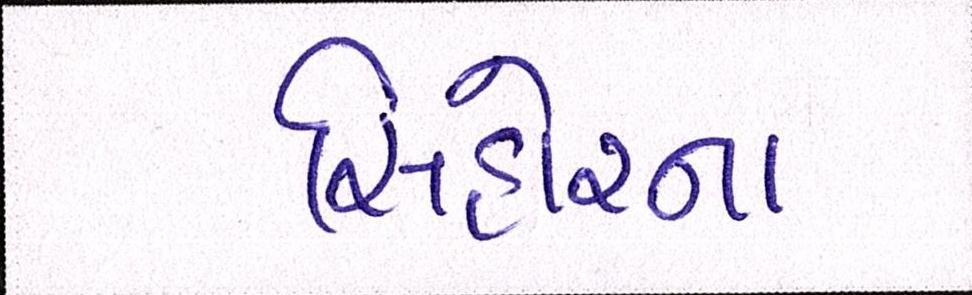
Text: સિહોરના